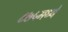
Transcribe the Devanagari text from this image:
८७५मध्ये